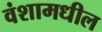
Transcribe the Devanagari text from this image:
वंशामधील